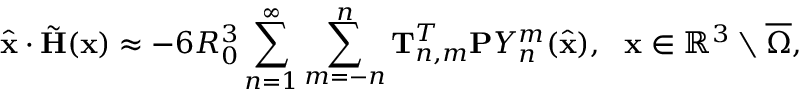
\hat { \mathbf { x } } \cdot \tilde { \mathbf H } ( \mathbf { x } ) \approx - 6 R _ { 0 } ^ { 3 } \sum _ { n = 1 } ^ { \infty } \sum _ { m = - n } ^ { n } \mathbf T _ { n , m } ^ { T } \mathbf { P } Y _ { n } ^ { m } ( \hat { \mathbf { x } } ) , ~ ~ \mathbf { x } \in \mathbb { R } ^ { 3 } \setminus \overline { \Omega } ,